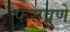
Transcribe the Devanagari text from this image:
फसवणे